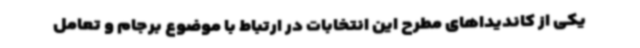
یکی از کاندیداهای مطرح این انتخابات در ارتباط با موضوع برجام و تعامل